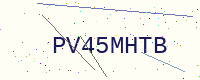
Text: PV45MHTB